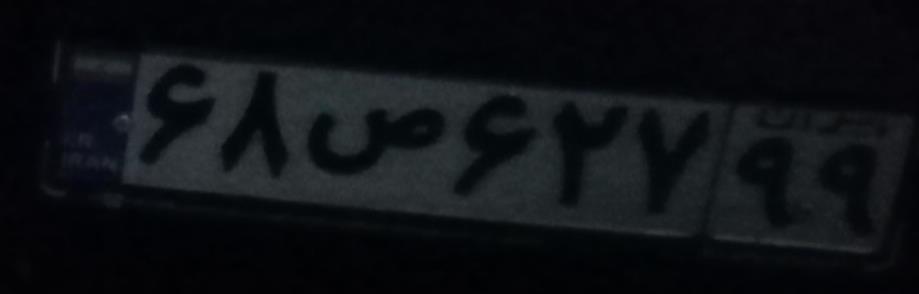
۶۸ص۶۲۷۹۹